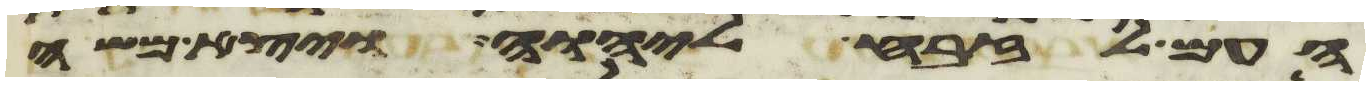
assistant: העם לזבח ליהוה ויצא משה